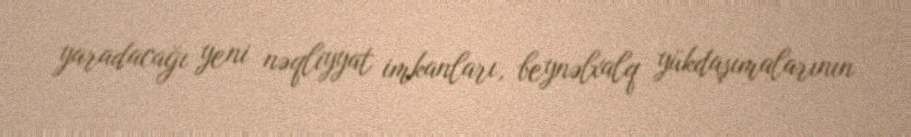
yaradacağı yeni nəqliyyat imkanları, beynəlxalq yükdaşımalarının